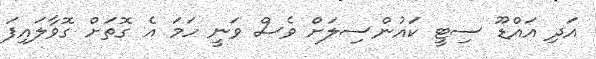
އަދި އައްޑޫ ސިޓީ ކައުންސިލަށް ވެސް ވަނީ ހަމަ އެ ގޮތަށް ގޮވާލައިފަ